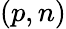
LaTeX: (p,n)